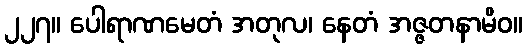
၂၂၇။ ပေါရာဏမေတံ အတုလ၊ နေတံ အဇ္ဇတနာမိဝ။